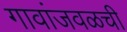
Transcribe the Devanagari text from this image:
गावांजवळची